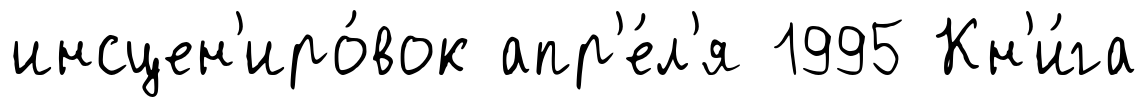
инсцен'иро́вок апр'е́л'я 1995 Кн'и́га